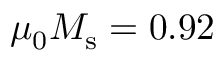
\mu _ { 0 } M _ { \mathrm { s } } = 0 . 9 2